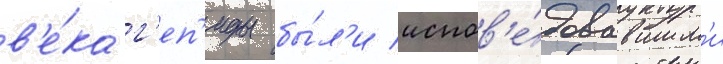
в'е́ка г'еп'иды бы́л'и испов'е́довавшим'и